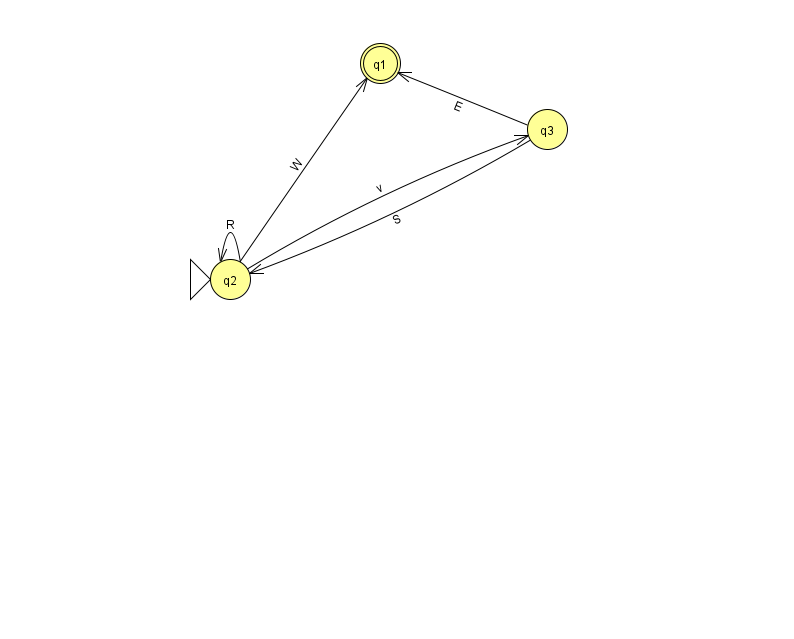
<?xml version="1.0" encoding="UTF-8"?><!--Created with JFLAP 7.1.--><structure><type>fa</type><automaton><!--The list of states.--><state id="1" name="q1"><x>380.0</x><y>50.0</y><final/></state><state id="2" name="q2"><x>230.0</x><y>266.0</y><initial/></state><state id="3" name="q3"><x>547.0</x><y>116.0</y></state><!--The list of transitions.--><transition><from>2</from><to>3</to><read>v</read></transition><transition><from>3</from><to>1</to><read>E</read></transition><transition><from>2</from><to>2</to><read>R</read></transition><transition><from>2</from><to>1</to><read>W</read></transition><transition><from>3</from><to>2</to><read>S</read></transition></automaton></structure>